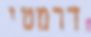
דרמטי